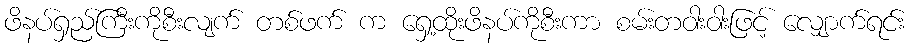
ဖိနပ်ရှည်ကြီးကိုစီးလျက် တစ်ဖက် က ရှေ့ထိုးဖိနပ်ကိုစီးကာ စမ်းတဝါးဝါးဖြင့် လျှောက်ရင်း